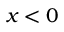
x < 0